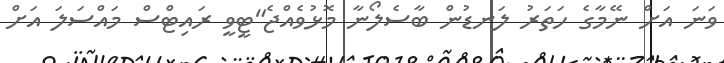
ވަނަ އަށް ނޭމާގެ ހަތަރު ލަނޑުން ބާސެލޯނާ މޮޅުވެއްޖެ"ޓީވީ ރައިޓްސް މައްސަލަ އަށް